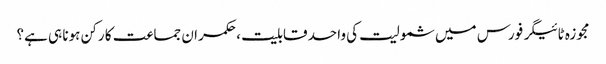
مجوزہ ٹائیگر فورس میں شمولیت کی واحد قابلیت ، حکمران جماعت کا رکن ہونا ہی ہے؟